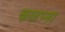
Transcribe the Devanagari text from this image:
कलप्ना